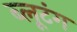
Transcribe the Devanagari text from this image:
ब्लूटंग